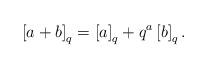
LaTeX: \begin{align*}\left[a+b\right]_{q}=\left[a\right]_{q}+q^{a}\left[b\right]_{q}.\end{align*}